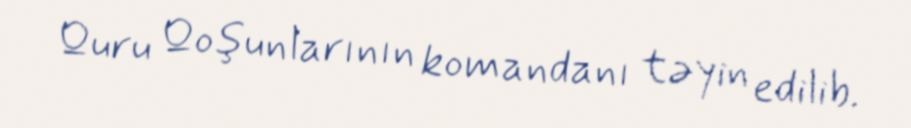
Quru Qoşunlarının komandanı təyin edilib.